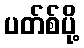
ပတ်စ်ပို့